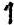
1